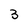
Character: 3